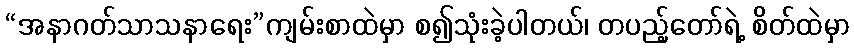
“အနာဂတ်သာသနာရေး”ကျမ်းစာထဲမှာ စ၍သုံးခဲ့ပါတယ်၊ တပည့်တော်ရဲ့ စိတ်ထဲမှာ